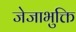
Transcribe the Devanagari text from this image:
जेजाभुक्ति